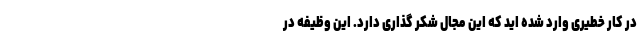
در کار خطیری وارد شده اید که این مجال شکر گذاری دارد. این وظیفه در